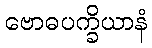
ဗောဓပက္ခိယာနံ